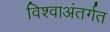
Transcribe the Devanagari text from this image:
विश्वाअंतर्गत